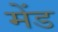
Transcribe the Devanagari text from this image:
मेंड